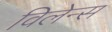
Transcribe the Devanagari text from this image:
विलेन्स